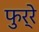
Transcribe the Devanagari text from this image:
फुर्रे